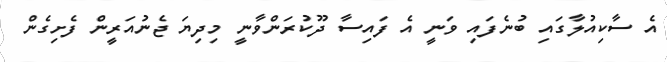
އެ ސާކިއުލާގައި ބުނެފައި ވަނީ އެ ފައިސާ ދޫކުރަންވާނީ މިދިޔަ ޖެނުއަރީން ފެށިގެން